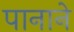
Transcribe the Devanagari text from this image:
पानाने